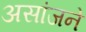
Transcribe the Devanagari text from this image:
असांजने